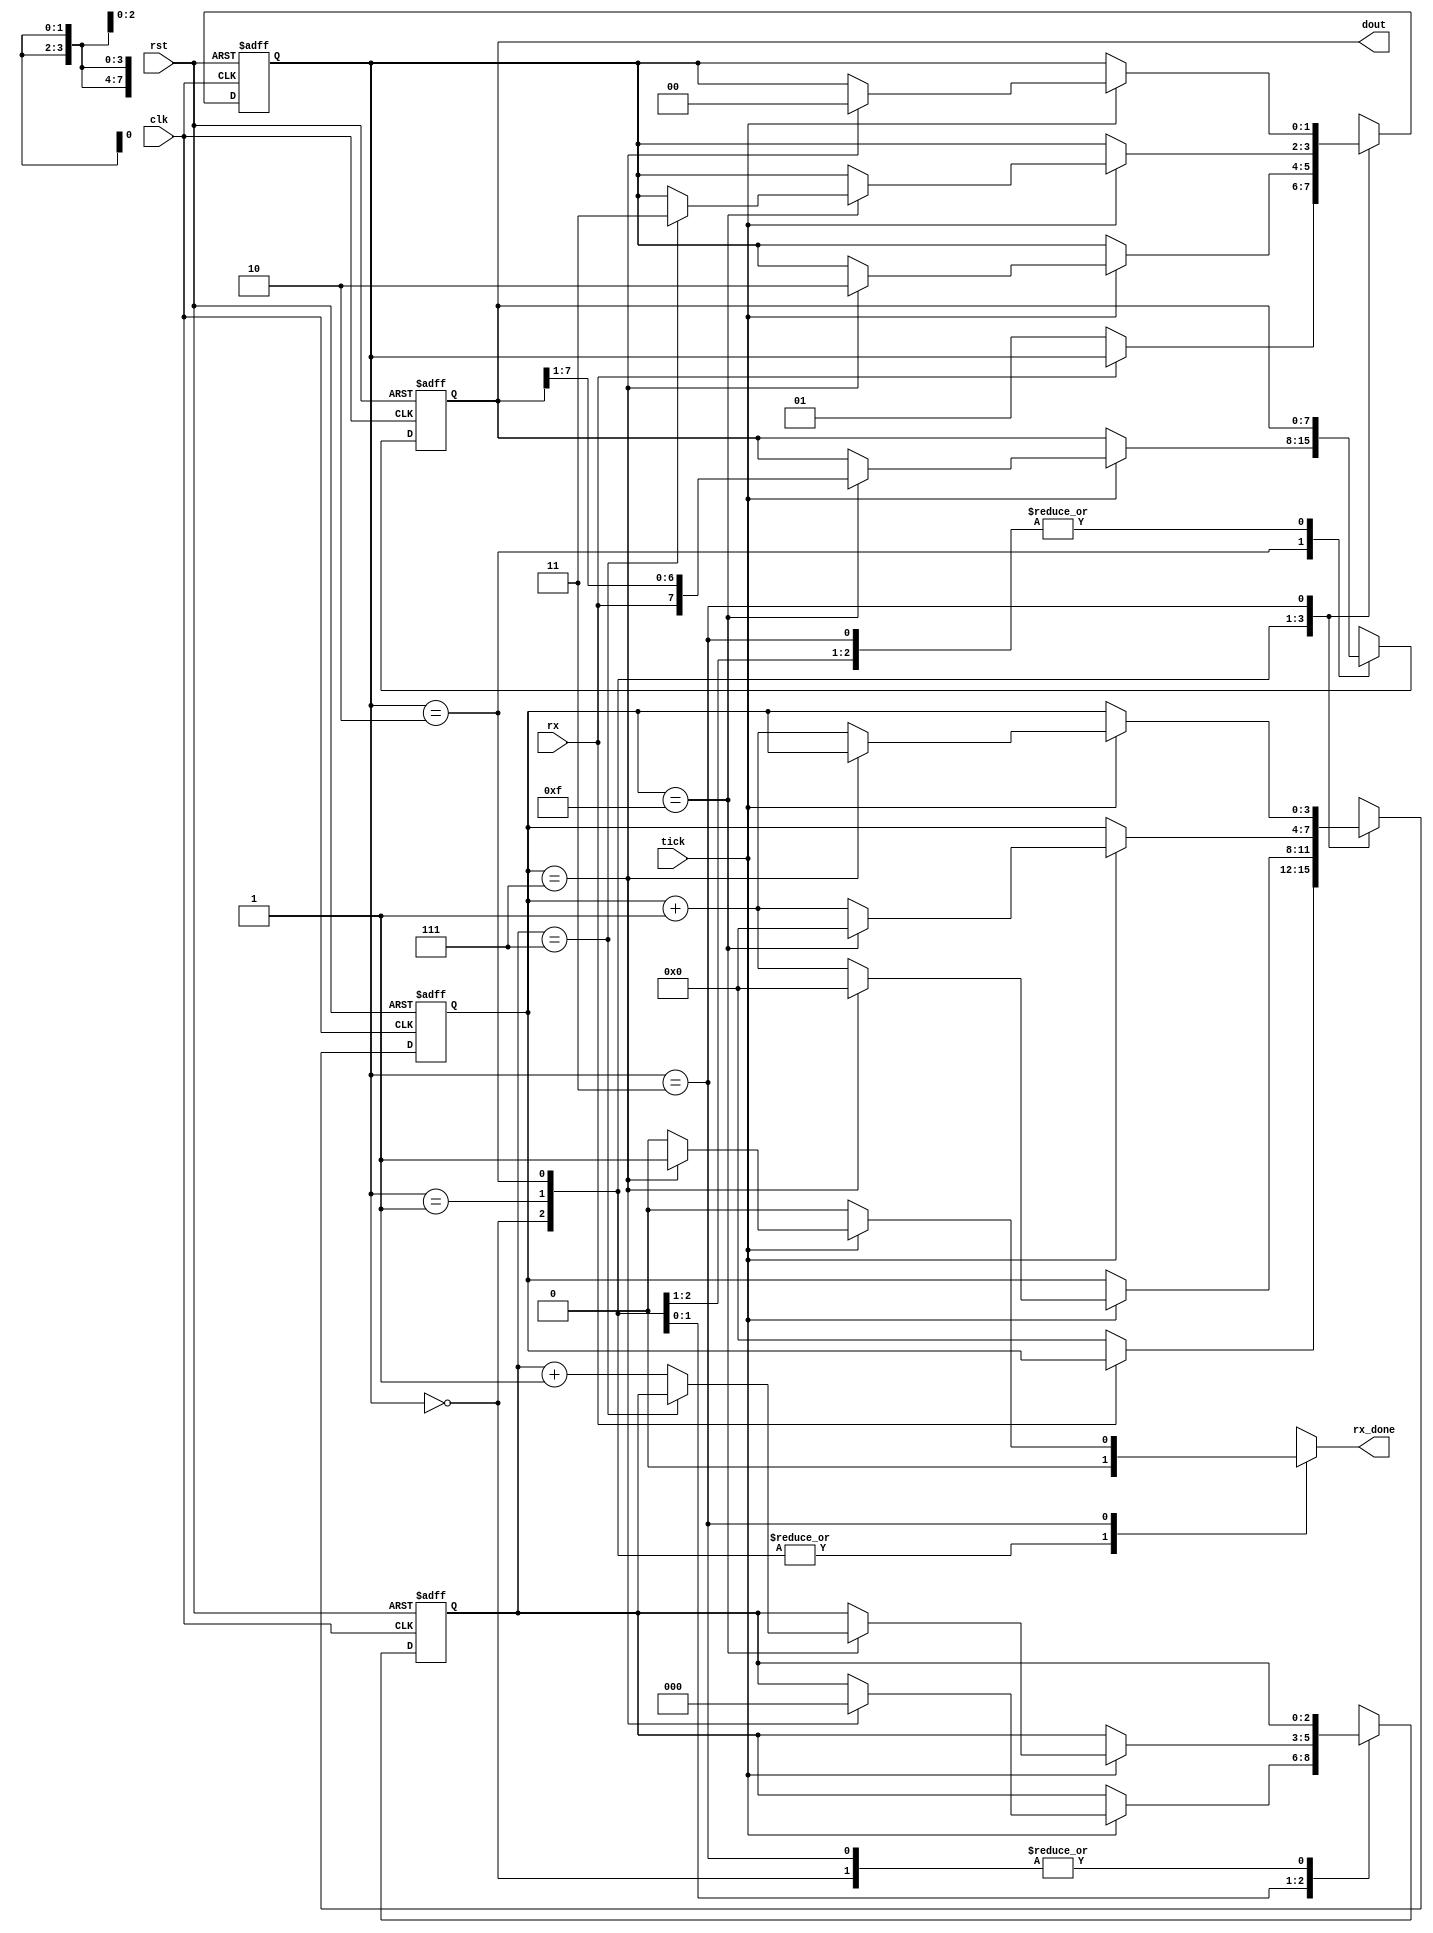
module UART_RX(rx,tick,clk,rst,dout,rx_done);
input rx,tick,rst,clk;
output reg rx_done;
output [7:0] dout;

reg [3:0] s_next,s_reg;
reg [2:0] n_bits_next,n_bits_reg;
reg [7:0] bits_next,bits_reg;

parameter [1:0] IDLE =2'b00, START = 2'b01, DATA =2'b10, STOP = 2'b11;
reg [1:0] state,next_state;

always @(*) begin
    s_next=s_reg;
    bits_next=bits_reg;
    n_bits_next=n_bits_reg;
    next_state=state;
    rx_done=1'b0;
case(state)

IDLE: 
    if(rx==1'b0) begin
    next_state=START;
    s_next=0;
    end

START:
    if(tick)
    begin
        if(s_reg==7) begin
        s_next=0;
        n_bits_next=0;
        next_state=DATA;
        end
    else
    s_next=s_reg+1;
    end

DATA:
if(tick) begin
    if(s_reg==15)
        begin
            s_next=0;
            bits_next={rx,bits_reg[7:1]};
            if(n_bits_reg==7)
            begin
                s_next=0;
                next_state=STOP;
            end
            else
            n_bits_next=n_bits_reg+1;
        end
    else
        s_next=s_reg+1;
        end
STOP:
   if(tick)
    begin
        if(s_reg==7)
        begin
        next_state=IDLE;
        rx_done=1'b1;
        end
    else
    s_next=s_reg+1;
    end
endcase

end

always@(posedge clk , negedge rst) begin
if(rst==1'b0)
begin
    s_reg<=0;
    n_bits_reg<=0;
    state<=IDLE;
    bits_reg<=0;
end
else
begin
    s_reg<=s_next;
    n_bits_reg<=n_bits_next;
    state<=next_state;
    bits_reg<=bits_next;
end


end
assign dout = bits_reg;
endmodule